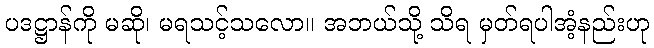
ပဒဋ္ဌာန်ကို မဆို၊ မရသင့်သလော။ အဘယ်သို့ သိရ မှတ်ရပါအံ့နည်းဟု